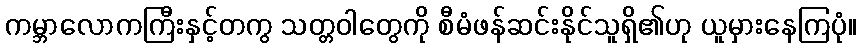
ကမ္ဘာလောကကြီးနှင့်တကွ သတ္တဝါတွေကို စီမံဖန်ဆင်းနိုင်သူရှိ၏ဟု ယူမှားနေကြပုံ။